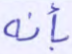
بأنه